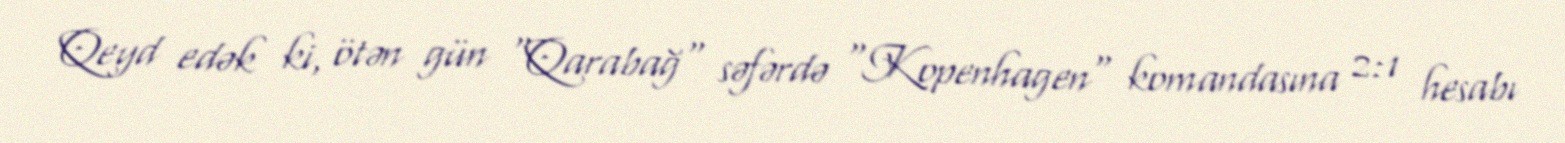
Qeyd edək ki, ötən gün "Qarabağ" səfərdə "Kopenhagen" komandasına 2:1 hesabı